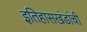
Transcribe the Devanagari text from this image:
इतिहासखंडांची